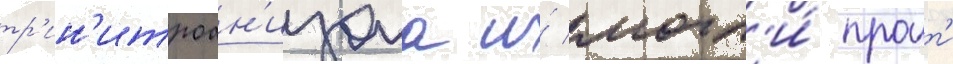
тр'ин'итроан'изола и́ могл'и́ проит'и